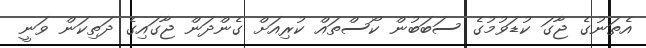
އެތަނުގެ ޖާގަ ކުޑަވުމުގެ ސަބަބުން ކޯސްތައް ކުރިއަށް ގެންދަން ޖާގައިގެ ދަތިކަން ވަނީ